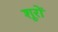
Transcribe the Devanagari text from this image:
शूरों